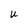
Character: U